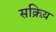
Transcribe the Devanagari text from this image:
सक्रिय़